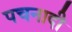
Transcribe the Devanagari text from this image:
पचनादी